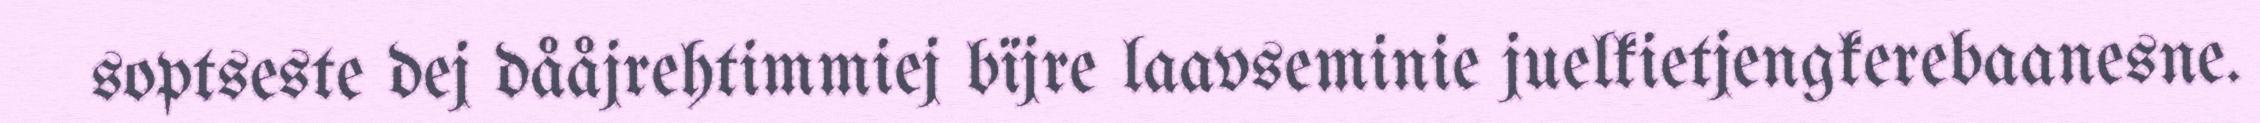
soptseste dej dååjrehtimmiej bïjre laavseminie juelkietjengkerebaanesne.